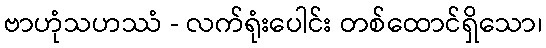
ဗာဟုံသဟဿံ - လက်ရုံးပေါင်း တစ်ထောင်ရှိသော၊